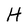
Character: H